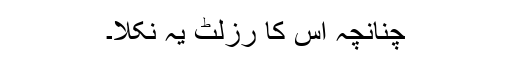
چنانچہ اس کا رزلٹ یہ نکلا۔